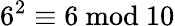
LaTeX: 6^{2}\equiv 6{\mathrm{~mod~}}10